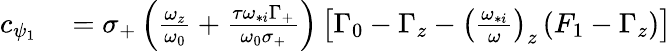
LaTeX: \begin{array}{rl}{c_{\psi_{1}}}&{{}=\sigma_{+}\left(\frac{\omega_{z}}{\omega_{0}}+\frac{\tau\omega_{*i}\Gamma_{+}}{\omega_{0}\sigma_{+}}\right)\left[\Gamma_{0}-\Gamma_{z}-\left(\frac{\omega_{*i}}{\omega}\right)_{z}\left(F_{1}-\Gamma_{z}\right)\right]}\end{array}